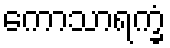
ကောသာရက္ခံ